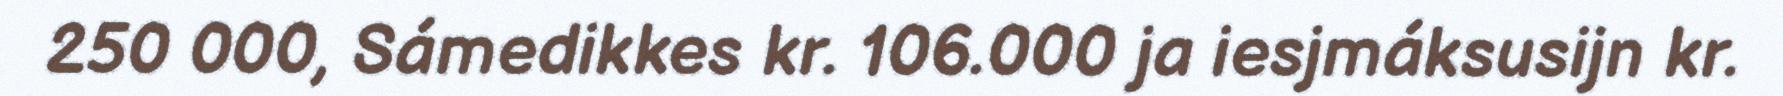
250 000, Sámedikkes kr. 106.000 ja iesjmáksusijn kr.